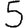
Digit: 5